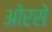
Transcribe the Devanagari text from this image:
ओरसे